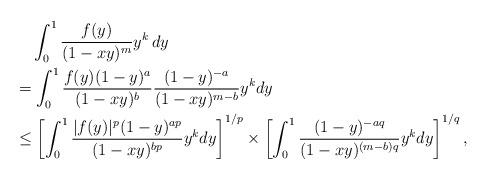
LaTeX: \begin{align*}&\phantom{={}}\int_0^1 \frac{f(y)}{(1-xy)^m}y^k\, dy \\&= \int_0^1 \frac{f(y)(1-y)^{a}}{(1-xy)^{b}} \frac{(1-y)^{-a}}{(1-xy)^{m-b}} y^k dy\\ &\le \left[ \int_0^1 \frac{ |f(y)|^p (1-y)^{ap}}{(1-xy)^{bp}} y^k dy\right]^{1/p} \times \left[ \int_0^1 \frac{(1-y)^{-aq}}{(1-xy)^{(m-b)q}} y^k dy\right]^{1/q},\end{align*}